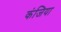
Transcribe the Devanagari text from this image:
कंजिया